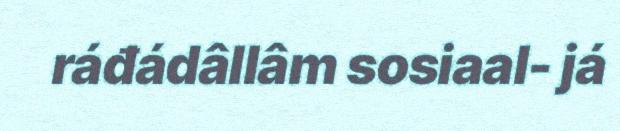
ráđádâllâm sosiaal- já